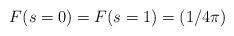
LaTeX: \begin{align*}F(s=0) = F(s=1) = (1/4\pi)\end{align*}